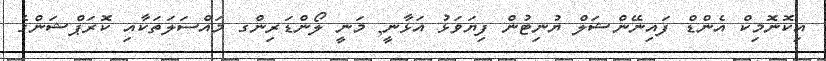
އިކޮނޮމިކް އެންޑް ފައިނޭންޝަލް ޔުނިޓުން ފިޔަވަޅު އަޅާނީ